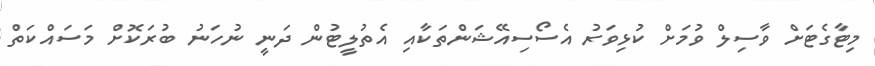
މިޓާގެޓަށް ވާސިލް ވުމަށް ކުޅިވަރު އެސޯސިއޭޝަންތަކާއި އެތުލީޓުން ދަނީ ނުހަނު ބުރަކޮށް މަސައްކަތް